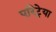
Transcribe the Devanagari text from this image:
एरिट्रेया